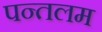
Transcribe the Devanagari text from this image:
पन्तलम